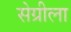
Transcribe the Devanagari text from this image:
सेग्रीला